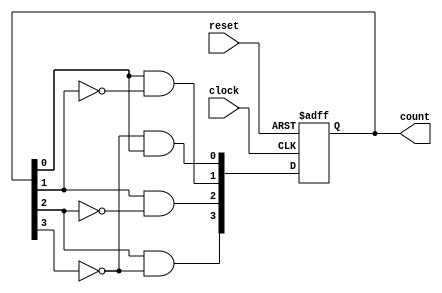
module johnson_counter (
    input clock,
    input reset,
    output reg [3:0] count
);

reg [3:0] next_count;

always @ (posedge clock or posedge reset)
begin
    if (reset)
        count <= 4'b0000;
    else
        count <= next_count;
end

always @ (*)
begin
    next_count[0] = ~count[3] & count[0];
    next_count[1] = count[0] & ~count[1];
    next_count[2] = count[1] & ~count[2];
    next_count[3] = count[2] & ~count[3];
end

endmodule